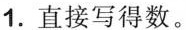
1.直接写得数。